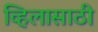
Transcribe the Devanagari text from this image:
व्हिलासाठी